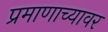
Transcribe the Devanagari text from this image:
प्रमाणाच्यावर